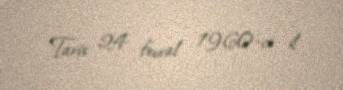
Tarix 24 fevral 1960-ci il